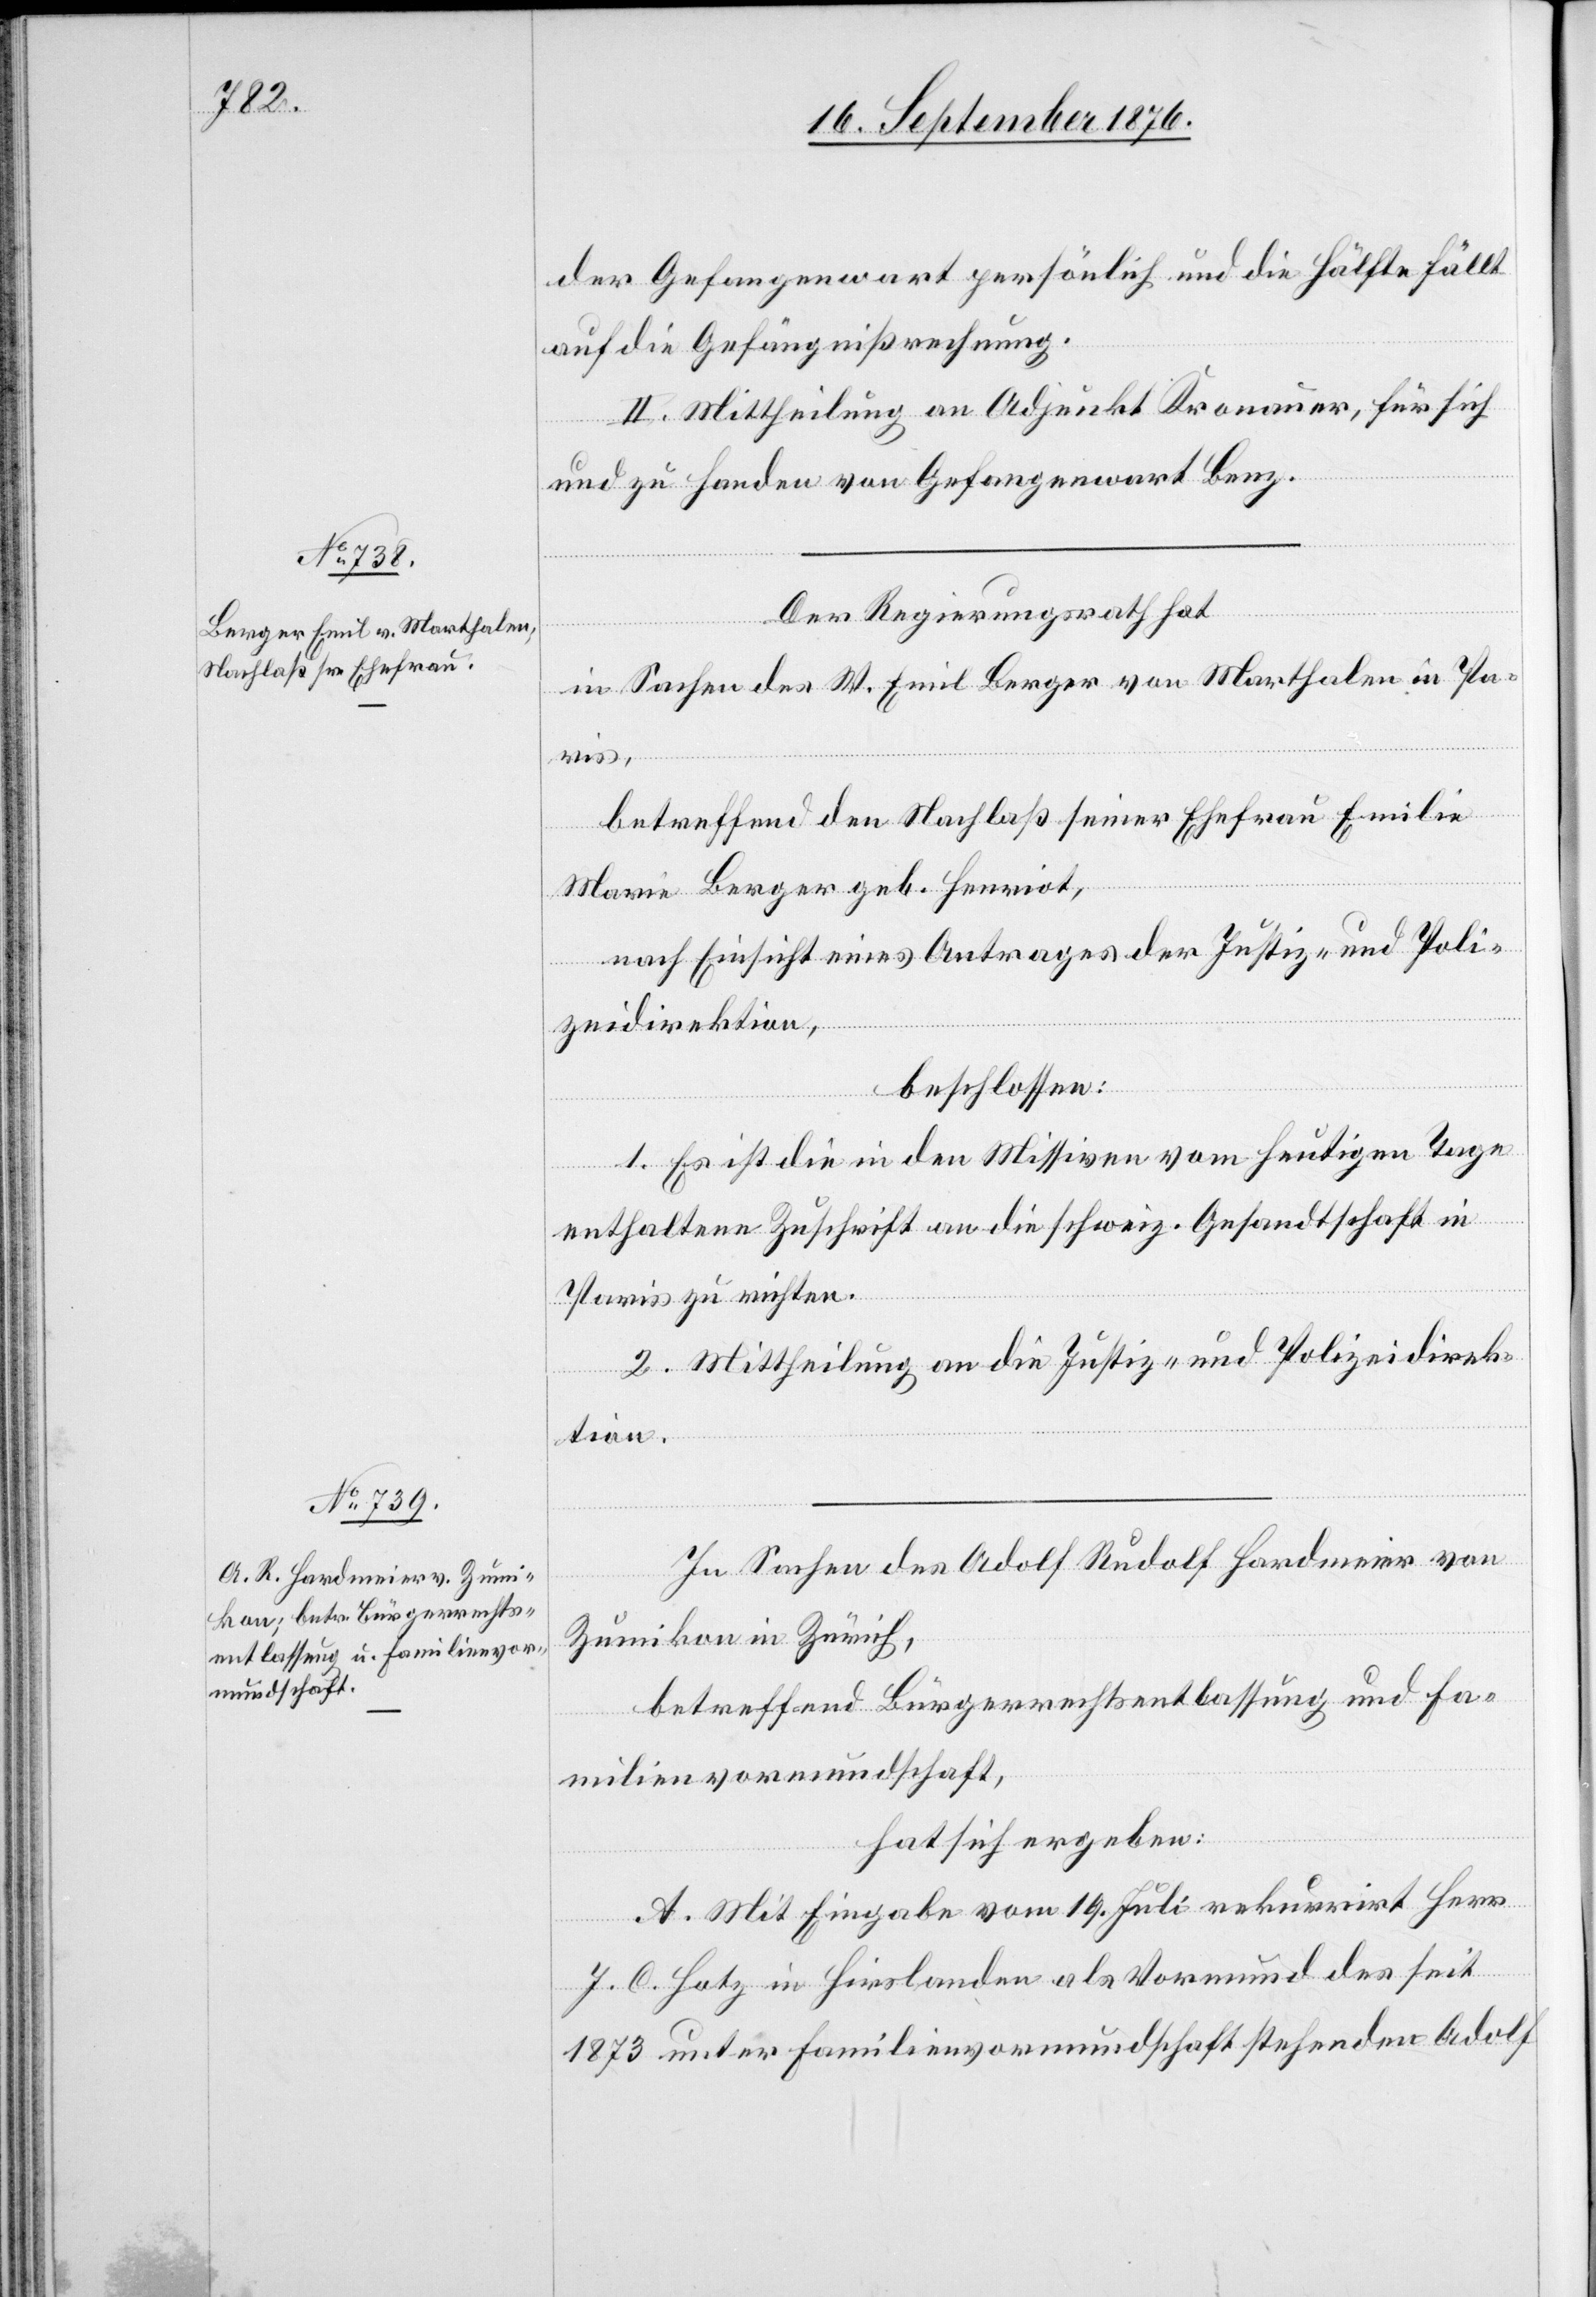
der Gefangenwart persönlich und die Hälfte fällt
auf die Gefängnißrechnung.
II. Mittheilung an Adjunkt Kronauer, für sich
und zu Handen von Gefangenwart Benz.
Der Regierungsrath hat
in Sachen des W. Emil Berger von Marthalen in Pa¬
ris,
betreffend den Nachlaß seiner Ehefrau Emilie
Marie Berger geb. Henriot,
nach Einsicht eines Antrages der Justiz- und Poli¬
zeidirektion,
beschlossen:
1. Es sei die in den Missiven vom heutigen Tage
enthaltene Zuschrift an die schweiz. Gesellschaft in
Paris zu richten.
2. Mittheilung an die Justiz- und Polizeidirek¬
tion.
In Sachen des Adolf Rudolf Hardmeier von
Zumikon in Zürich,
betreffend Bürgerrechtsentlassung und Fa¬
milienvormundschaft,
hat sich ergeben:
A. Mit Eingabe vom 19. Juli rekurrirt Herr
J. C. Hotz in Hirslanden als Vormund des seit
1873 unter Familienvormundschaft stehenden Adolf